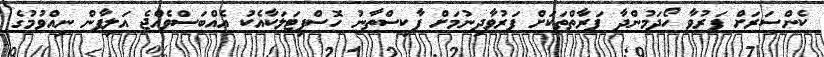
ކެންސަރަށް ފަރުވާ ހޯދަމުންދާ ފަރާތްތަކަށް ފަރުވާދިނުމަށް ޕާކިސްތާނު ހޮސްޕިޓަލަކާއެކު އެއްބަސްވެއްޖެ އަލިފާން ނިއްވުމުގެ